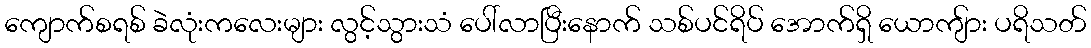
ကျောက်စရစ် ခဲလုံးကလေးများ လွင့်သွားသံ ပေါ်လာပြီးနောက် သစ်ပင်ရိပ် အောက်ရှိ ယောကျ်ား ပရိသတ်